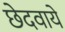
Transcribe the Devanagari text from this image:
छेदवाये